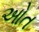
ઓત